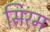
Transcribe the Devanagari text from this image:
सिरम